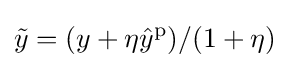
{\tilde {y}}=(y+\eta {\hat {y}}^{\mathrm {p} })/(1+\eta )